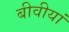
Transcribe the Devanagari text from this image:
बीवीयां